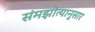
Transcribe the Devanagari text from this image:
संमझोत्यानुसार